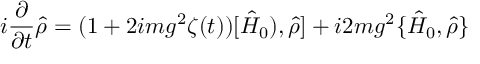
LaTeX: i \frac { \partial } { \partial t } \hat { \rho } = ( 1 + 2 i m g ^ { 2 } \zeta ( t ) ) [ \hat { H } _ { 0 } ) , \hat { \rho } ] + i 2 m g ^ { 2 } \{ \hat { H } _ { 0 } , \hat { \rho } \}